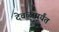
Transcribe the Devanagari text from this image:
देवळापर्यंत